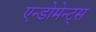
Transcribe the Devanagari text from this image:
एन्डोमेन्ट्‌स